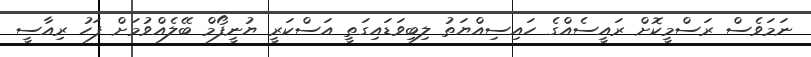
ނަމަވެސް ރަސްމީކޮށް ރައީސެއްގެ ހައިސިއްޔަތު ލިބިވަޑައިގަތީ އަސްކަރީ ޔުނީފޯމް ބޭލެއްވުމަށް ފަހު ރިއާސީ